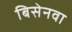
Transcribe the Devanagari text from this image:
बिसेनवा